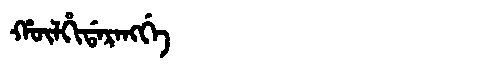
Manchu: ᡥᡡᠯᡥᡳᡩᠠᡵᠠᠩᡤᡝ
Romanization: HŪLHIDARANGGE